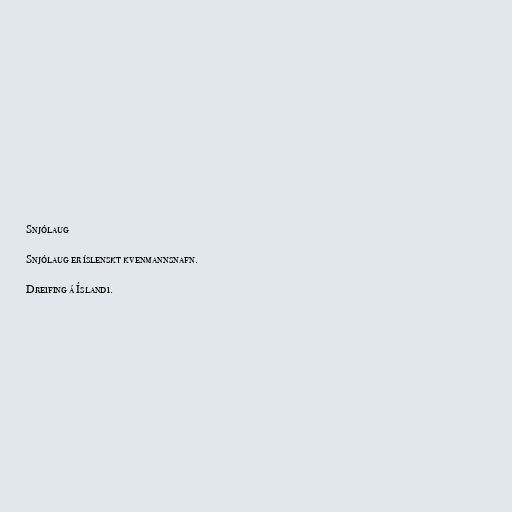
Snjólaug

Snjólaug er íslenskt kvenmannsnafn.

Dreifing á Íslandi.